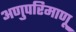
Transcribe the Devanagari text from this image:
अणुपरिमाणू